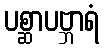
ပစ္ဆာပဗ္ဘာရံ